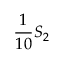
\frac 1 { 1 0 } S _ { 2 }